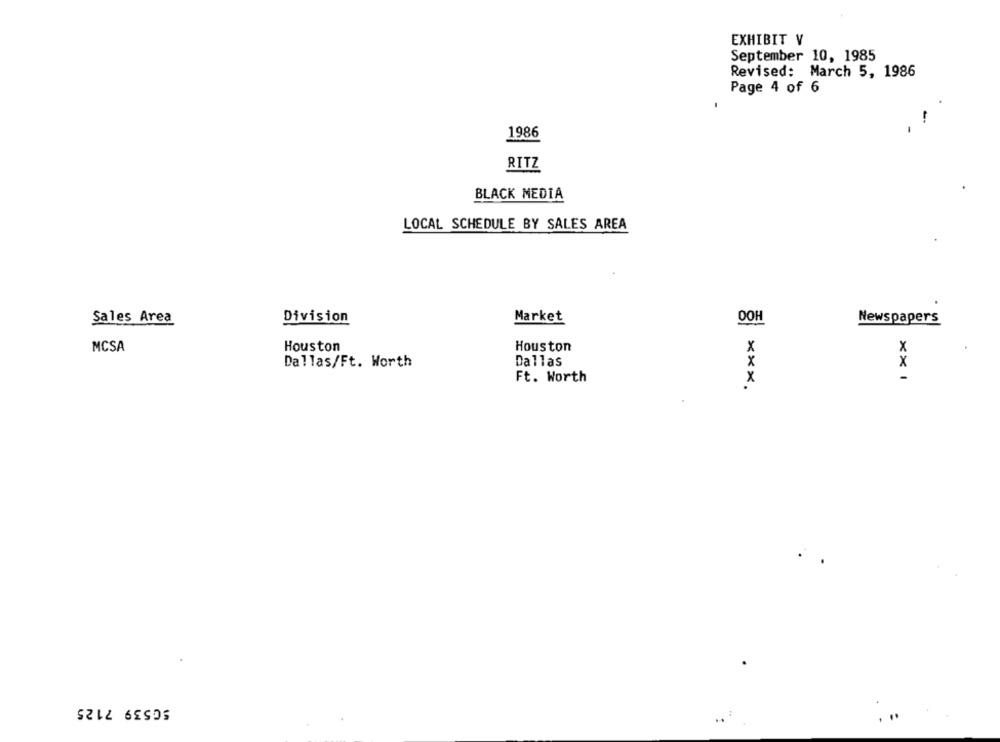
EXHIBIT V
September 10, 1985
Revised: March 5, 1986
Page 4 of 6
1986
RITZ
BLACK MEDIA
LOCAL SCHEDULE BY SALES AREA
Sales Area
Division
Market
OOH
Newspapers
MCSA
Houston
Houston
X
Dallas/Ft. Worth
Dallas
x
Ft. Worth
X
50539 7125